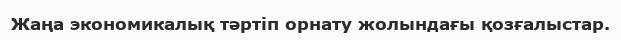
Жаңа экономикалық тәртіп орнату жолындағы қозғалыстар.